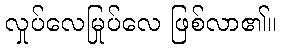
လှုပ်လေမြုပ်လေ ဖြစ်လာ၏။